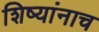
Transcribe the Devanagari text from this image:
शिष्यांनाच